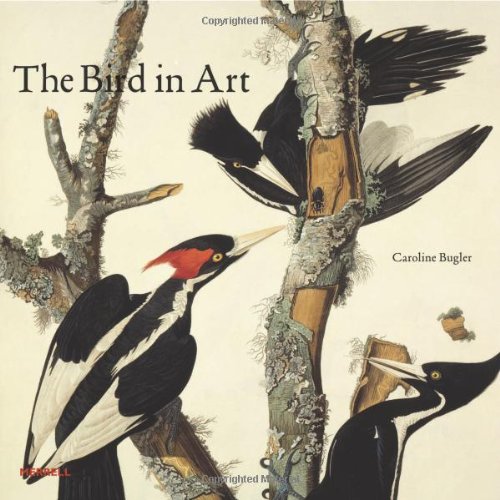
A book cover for The Bird in Art; Caroline Bugler; Sports & Outdoors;